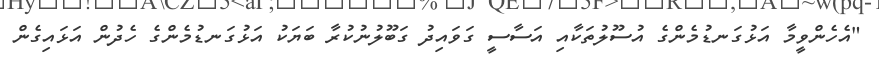
"އެހެންވީމާ އަޅުގަނޑުމެންގެ އުސޫލުތަކާއި އަސާސީ ގަވައިދު ގަބޫލުނުކުރާ ބަޔަކު އަޅުގަނޑުމެންގެ ހެދުން އަޅައިގެން